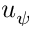
u _ { \psi }